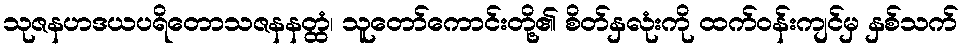
သုဇနဟဒယပရိတောသဇနနတ္ထံ၊ သူတော်ကောင်းတို့၏ စိတ်နှလုံးကို ထက်ဝန်းကျင်မှ နှစ်သက်